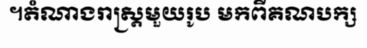
។តំណាងរាស្ត្រមួយរូប មកពីគណបក្ស